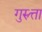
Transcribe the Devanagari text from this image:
गुरुत्ता